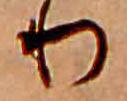
り